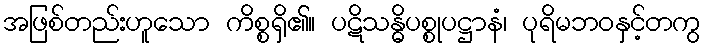
အဖြစ်တည်းဟူသော ကိစ္စရှိ၏။ ပဋိသန္ဓိပစ္စုပဋ္ဌာနံ၊ ပုရိမဘဝနှင့်တကွ